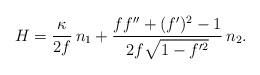
LaTeX: \begin{align*} H = \frac{\kappa}{2f} \,n_1 + \frac{f f''+(f')^2 - 1}{2f \sqrt{1-f'^2}} \,n_2.\end{align*}